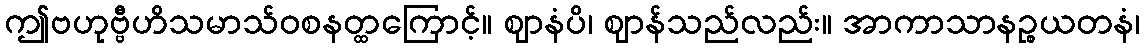
ဤဗဟုဗ္ဗီဟိသမာသ်ဝစနတ္ထကြောင့်။ ဈာနံပိ၊ ဈာန်သည်လည်း။ အာကာသာနဉ္စယတနံ၊